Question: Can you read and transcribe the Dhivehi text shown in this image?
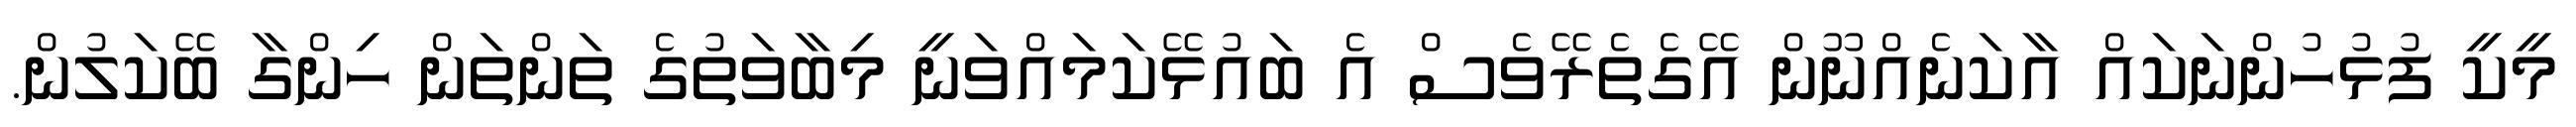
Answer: މީކީ ފުޅުހުންނަކައް އާކަނެއްނޫން އޭގެތެރޭވެސް އެ ބައުޅޭކަމައްވަނީ މިބާވަތުގެ ތަންތަން ހިންގާ ބޭކަލުން.